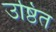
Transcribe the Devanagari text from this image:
उष्ठित